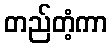
တည်တံ့ကာ